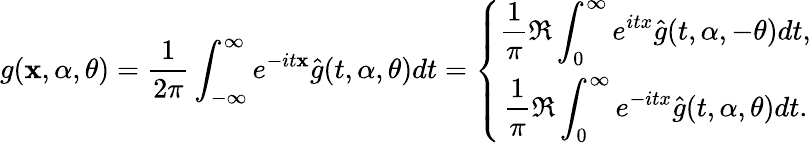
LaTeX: g(\mathbf{x},\alpha,\theta)=\frac{{1}}{{2\pi}}\int_{-\infty}^{\infty}e^{-it\mathbf{x}}\hat{{g}}(t,\alpha,\theta)dt=\left\{ \begin{array}{c}{\displaystyle\frac{1}{\pi}\Re\int_{0}^{\infty}e^{itx}\hat{g}(t,\alpha,-\theta)dt,}\\ {\displaystyle\frac{1}{\pi}\Re\int_{0}^{\infty}e^{-itx}\hat{g}(t,\alpha,\theta)dt.}\end{array}\right.